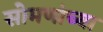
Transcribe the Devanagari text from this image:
सोमणांच्या